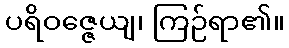
ပရိဝဇ္ဇေယျ၊ ကြဉ်ရာ၏။